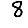
Digit: 8